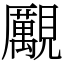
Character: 𧢝